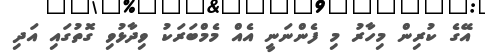
އޭގެ ކުރިން މިހާރު މި ފެންނަނީ އެއް މެމްބަރަކު ވިދާޅުވި ގޮތުގައި އަދި